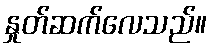
နှုတ်ဆက်လေသည်။